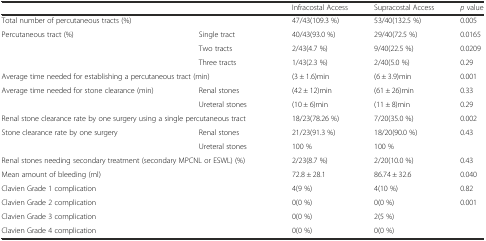
<table><thead><tr><td colspan="2"></td><td><b>Infracostal Access</b></td><td><b>Supracostal Access</b></td><td><b><i>p</i> value</b></td></tr></thead><tbody><tr><td colspan="2">Total number of percutaneous tracts (%)</td><td>47/43(109.3 %)</td><td>53/40(132.5 %)</td><td>0.005</td></tr><tr><td rowspan="3">Percutaneous tract (%)</td><td>Single tract</td><td>40/43(93.0 %)</td><td>29/40(72.5 %)</td><td>0.0165</td></tr><tr><td>Two tracts</td><td>2/43(4.7 %)</td><td>9/40(22.5 %)</td><td>0.0209</td></tr><tr><td>Three tracts</td><td>1/43(2.3 %)</td><td>2/40(5.0 %)</td><td>0.29</td></tr><tr><td colspan="2">Average time needed for establishing a percutaneous tract (min)</td><td>(3 ± 1.6)min</td><td>(6 ± 3.9)min</td><td>0.001</td></tr><tr><td rowspan="2">Average time needed for stone clearance (min)</td><td>Renal stones</td><td>(42 ± 12)min</td><td>(61 ± 26)min</td><td>0.33</td></tr><tr><td>Ureteral stones</td><td>(10 ± 6)min</td><td>(11 ± 8)min</td><td>0.29</td></tr><tr><td colspan="2">Renal stone clearance rate by one surgery using a single percutaneous tract</td><td>18/23(78.26 %)</td><td>7/20(35.0 %)</td><td>0.002</td></tr><tr><td rowspan="2">Stone clearance rate by one surgery</td><td>Renal stones</td><td>21/23(91.3 %)</td><td>18/20(90.0 %)</td><td>0.43</td></tr><tr><td>Ureteral stones</td><td>100 %</td><td>100 %</td><td></td></tr><tr><td colspan="2">Renal stones needing secondary treatment (secondary MPCNL or ESWL) (%)</td><td>2/23(8.7 %)</td><td>2/20(10.0 %)</td><td>0.43</td></tr><tr><td colspan="2">Mean amount of bleeding (ml)</td><td>72.8 ± 28.1</td><td>86.74 ± 32.6</td><td>0.040</td></tr><tr><td colspan="2">Clavien Grade 1 complication</td><td>4(9 %)</td><td>4(10 %)</td><td>0.82</td></tr><tr><td colspan="2">Clavien Grade 2 complication</td><td>0(0 %)</td><td>0(0 %)</td><td>0.001</td></tr><tr><td colspan="2">Clavien Grade 3 complication</td><td>0(0 %)</td><td>2(5 %)</td><td></td></tr><tr><td colspan="2">Clavien Grade 4 complication</td><td>0(0 %)</td><td>0(0 %)</td><td></td></tr></tbody></table>